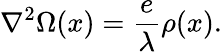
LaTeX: {\mathbf\nabla}^{2}\Omega(x)=\frac{e}{\lambda}\rho(x).